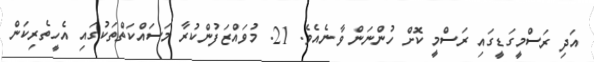
އަދި ރަސްމީގަޑީގައި ރަސްމީ ކޮށް ހުންނަން ވާނެއެވެ. 21. މުވައްޒަފުންކުރާ މަސައްކަތްތަކުގައި އެހީތެރިކަން